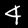
Label: 4